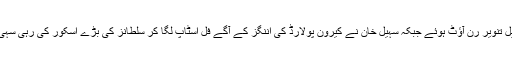
اسکور 108 تک پہنچا تو سہیل تنویر رن آؤٹ ہوئے جبکہ سہیل خان نے کیرون پولارڈ کی اننگز کے آگے فل اسٹاپ لگا کر سلطانز کی بڑے اسکور کی رہی سہی امیدوں پر بھی پانی پھیر دیا۔